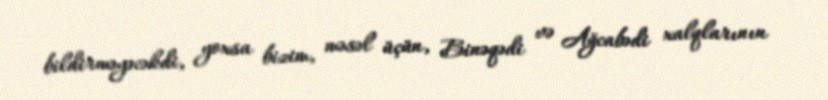
bildirməyəcəkdi, yoxsa bizim, məsəl üçün, Binəqədi və Ağcabədi xalqlarının